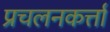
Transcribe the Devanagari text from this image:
प्रचलनकर्त्ता